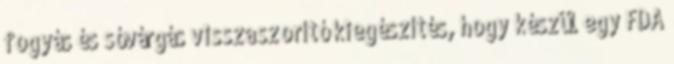
fogyás és sóvárgás visszaszorító kiegészítés, hogy készül egy FDA